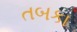
તબકા